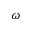
\omega